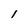
Character: 1